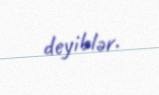
deyiblər.